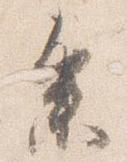
参